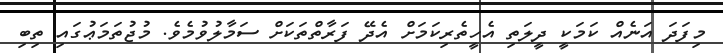
މިފަދަ އަނެއް ކަމަކީ ދީލަތި އެހީތެރިކަމަށް އެދޭ ފަރާތްތަކަށް ސަމާލުވުމެވެ. މުޖުތަމަޢުގައި ތިބި